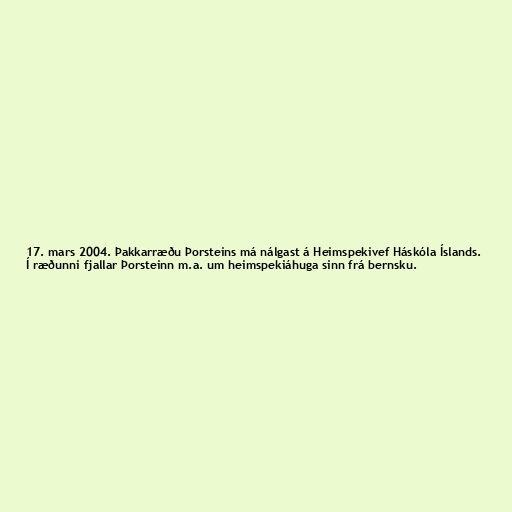
17. mars 2004. Þakkarræðu Þorsteins má nálgast á Heimspekivef Háskóla Íslands.
Í ræðunni fjallar Þorsteinn m.a. um heimspekiáhuga sinn frá bernsku.